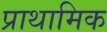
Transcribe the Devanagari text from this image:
प्राथामिक